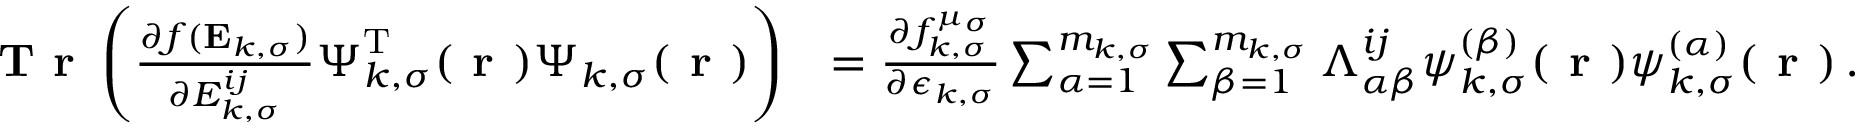
\begin{array} { r l } { \textbf { T r } \left( \frac { \partial f ( \mathbf { E } _ { k , \sigma } ) } { \partial { E } _ { k , \sigma } ^ { i j } } \boldsymbol { \Psi } _ { k , \sigma } ^ { \mathrm { T } } ( \boldsymbol { \textbf { r } } ) \boldsymbol { \Psi } _ { k , \sigma } ( \boldsymbol { \textbf { r } } ) \right) } & { = \frac { \partial f _ { k , \sigma } ^ { \mu _ { \sigma } } } { \partial \epsilon _ { k , \sigma } } \sum _ { \alpha = 1 } ^ { m _ { k , \sigma } } \sum _ { \beta = 1 } ^ { m _ { k , \sigma } } \Lambda _ { \alpha \beta } ^ { i j } \psi _ { k , \sigma } ^ { ( \beta ) } ( \boldsymbol { \textbf { r } } ) \psi _ { k , \sigma } ^ { ( \alpha ) } ( \boldsymbol { \textbf { r } } ) \, . } \end{array}